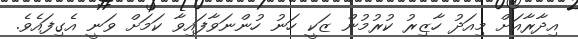
އިދާރާއަށް މިއަދު ހާޒިރު ކުރުމުން ޒަކީ ހަނު ހުންނަވާފައިވާ ކަމަށް ވަނީ އެގިފައެވެ.